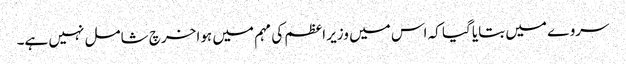
سروے میں بتایا گیا کہ اس میں وزیر اعظم کی مہم میں ہوا خرچ شامل نہیں ہے۔